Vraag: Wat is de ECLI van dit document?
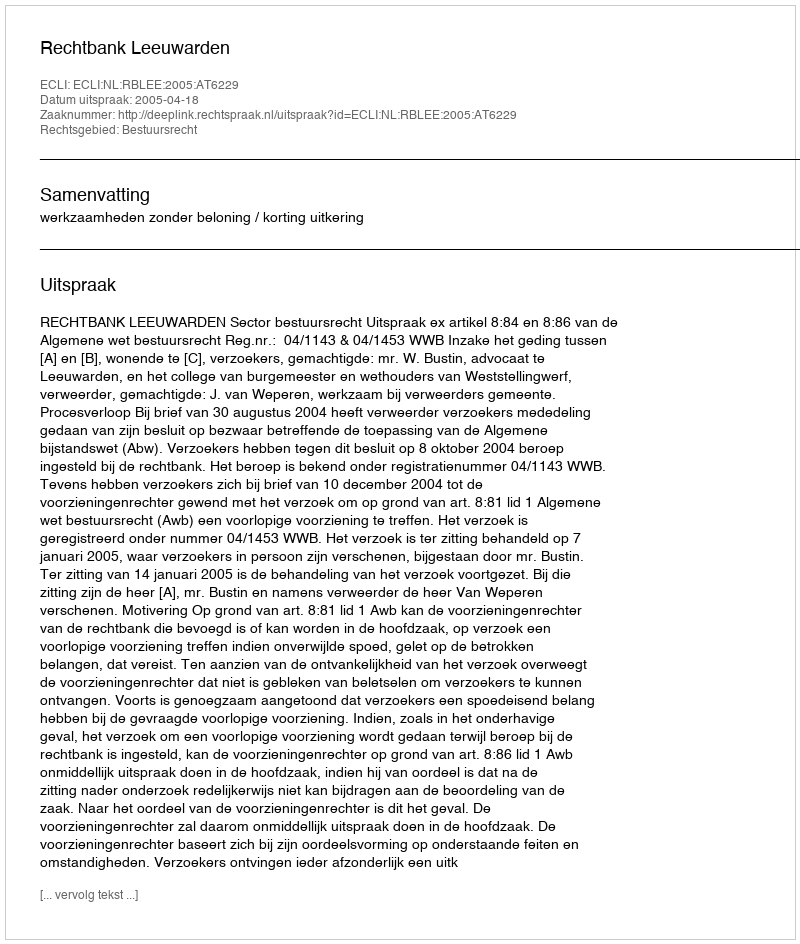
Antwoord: ECLI:NL:RBLEE:2005:AT6229